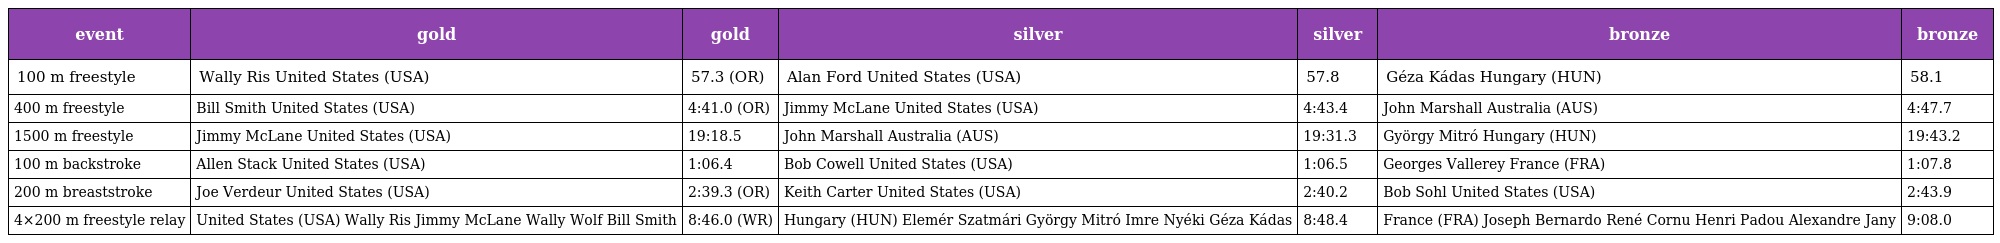
| event | gold | gold | silver | silver | bronze | bronze |
 | --- | --- | --- | --- | --- | --- | --- |
 | 100 m freestyle | Wally Ris United States (USA) | 57.3 (OR) | Alan Ford United States (USA) | 57.8 | Géza Kádas Hungary (HUN) | 58.1 |
 | 400 m freestyle | Bill Smith United States (USA) | 4:41.0 (OR) | Jimmy McLane United States (USA) | 4:43.4 | John Marshall Australia (AUS) | 4:47.7 |
 | 1500 m freestyle | Jimmy McLane United States (USA) | 19:18.5 | John Marshall Australia (AUS) | 19:31.3 | György Mitró Hungary (HUN) | 19:43.2 |
 | 100 m backstroke | Allen Stack United States (USA) | 1:06.4 | Bob Cowell United States (USA) | 1:06.5 | Georges Vallerey France (FRA) | 1:07.8 |
 | 200 m breaststroke | Joe Verdeur United States (USA) | 2:39.3 (OR) | Keith Carter United States (USA) | 2:40.2 | Bob Sohl United States (USA) | 2:43.9 |
 | 4×200 m freestyle relay | United States (USA) Wally Ris Jimmy McLane Wally Wolf Bill Smith | 8:46.0 (WR) | Hungary (HUN) Elemér Szatmári György Mitró Imre Nyéki Géza Kádas | 8:48.4 | France (FRA) Joseph Bernardo René Cornu Henri Padou Alexandre Jany | 9:08.0 |